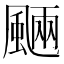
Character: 𩗾